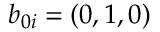
b _ { 0 i } = ( 0 , 1 , 0 )